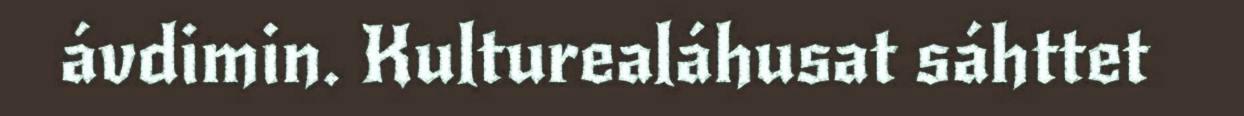
ávdimin. Kulturealáhusat sáhttet